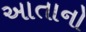
આતાનો